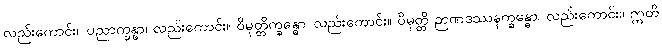
လည်းကောင်း။ ပညာက္ခန္ဓာ၊ လည်းကောင်း။ ဝိမုတ္တိက္ခန္ဓော၊ လည်းကောင်း။ ဝိမုတ္တိ ဉာဏဒဿနက္ခန္ဓော၊ လည်းကောင်း။ ဣတိ